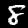
Label: 8